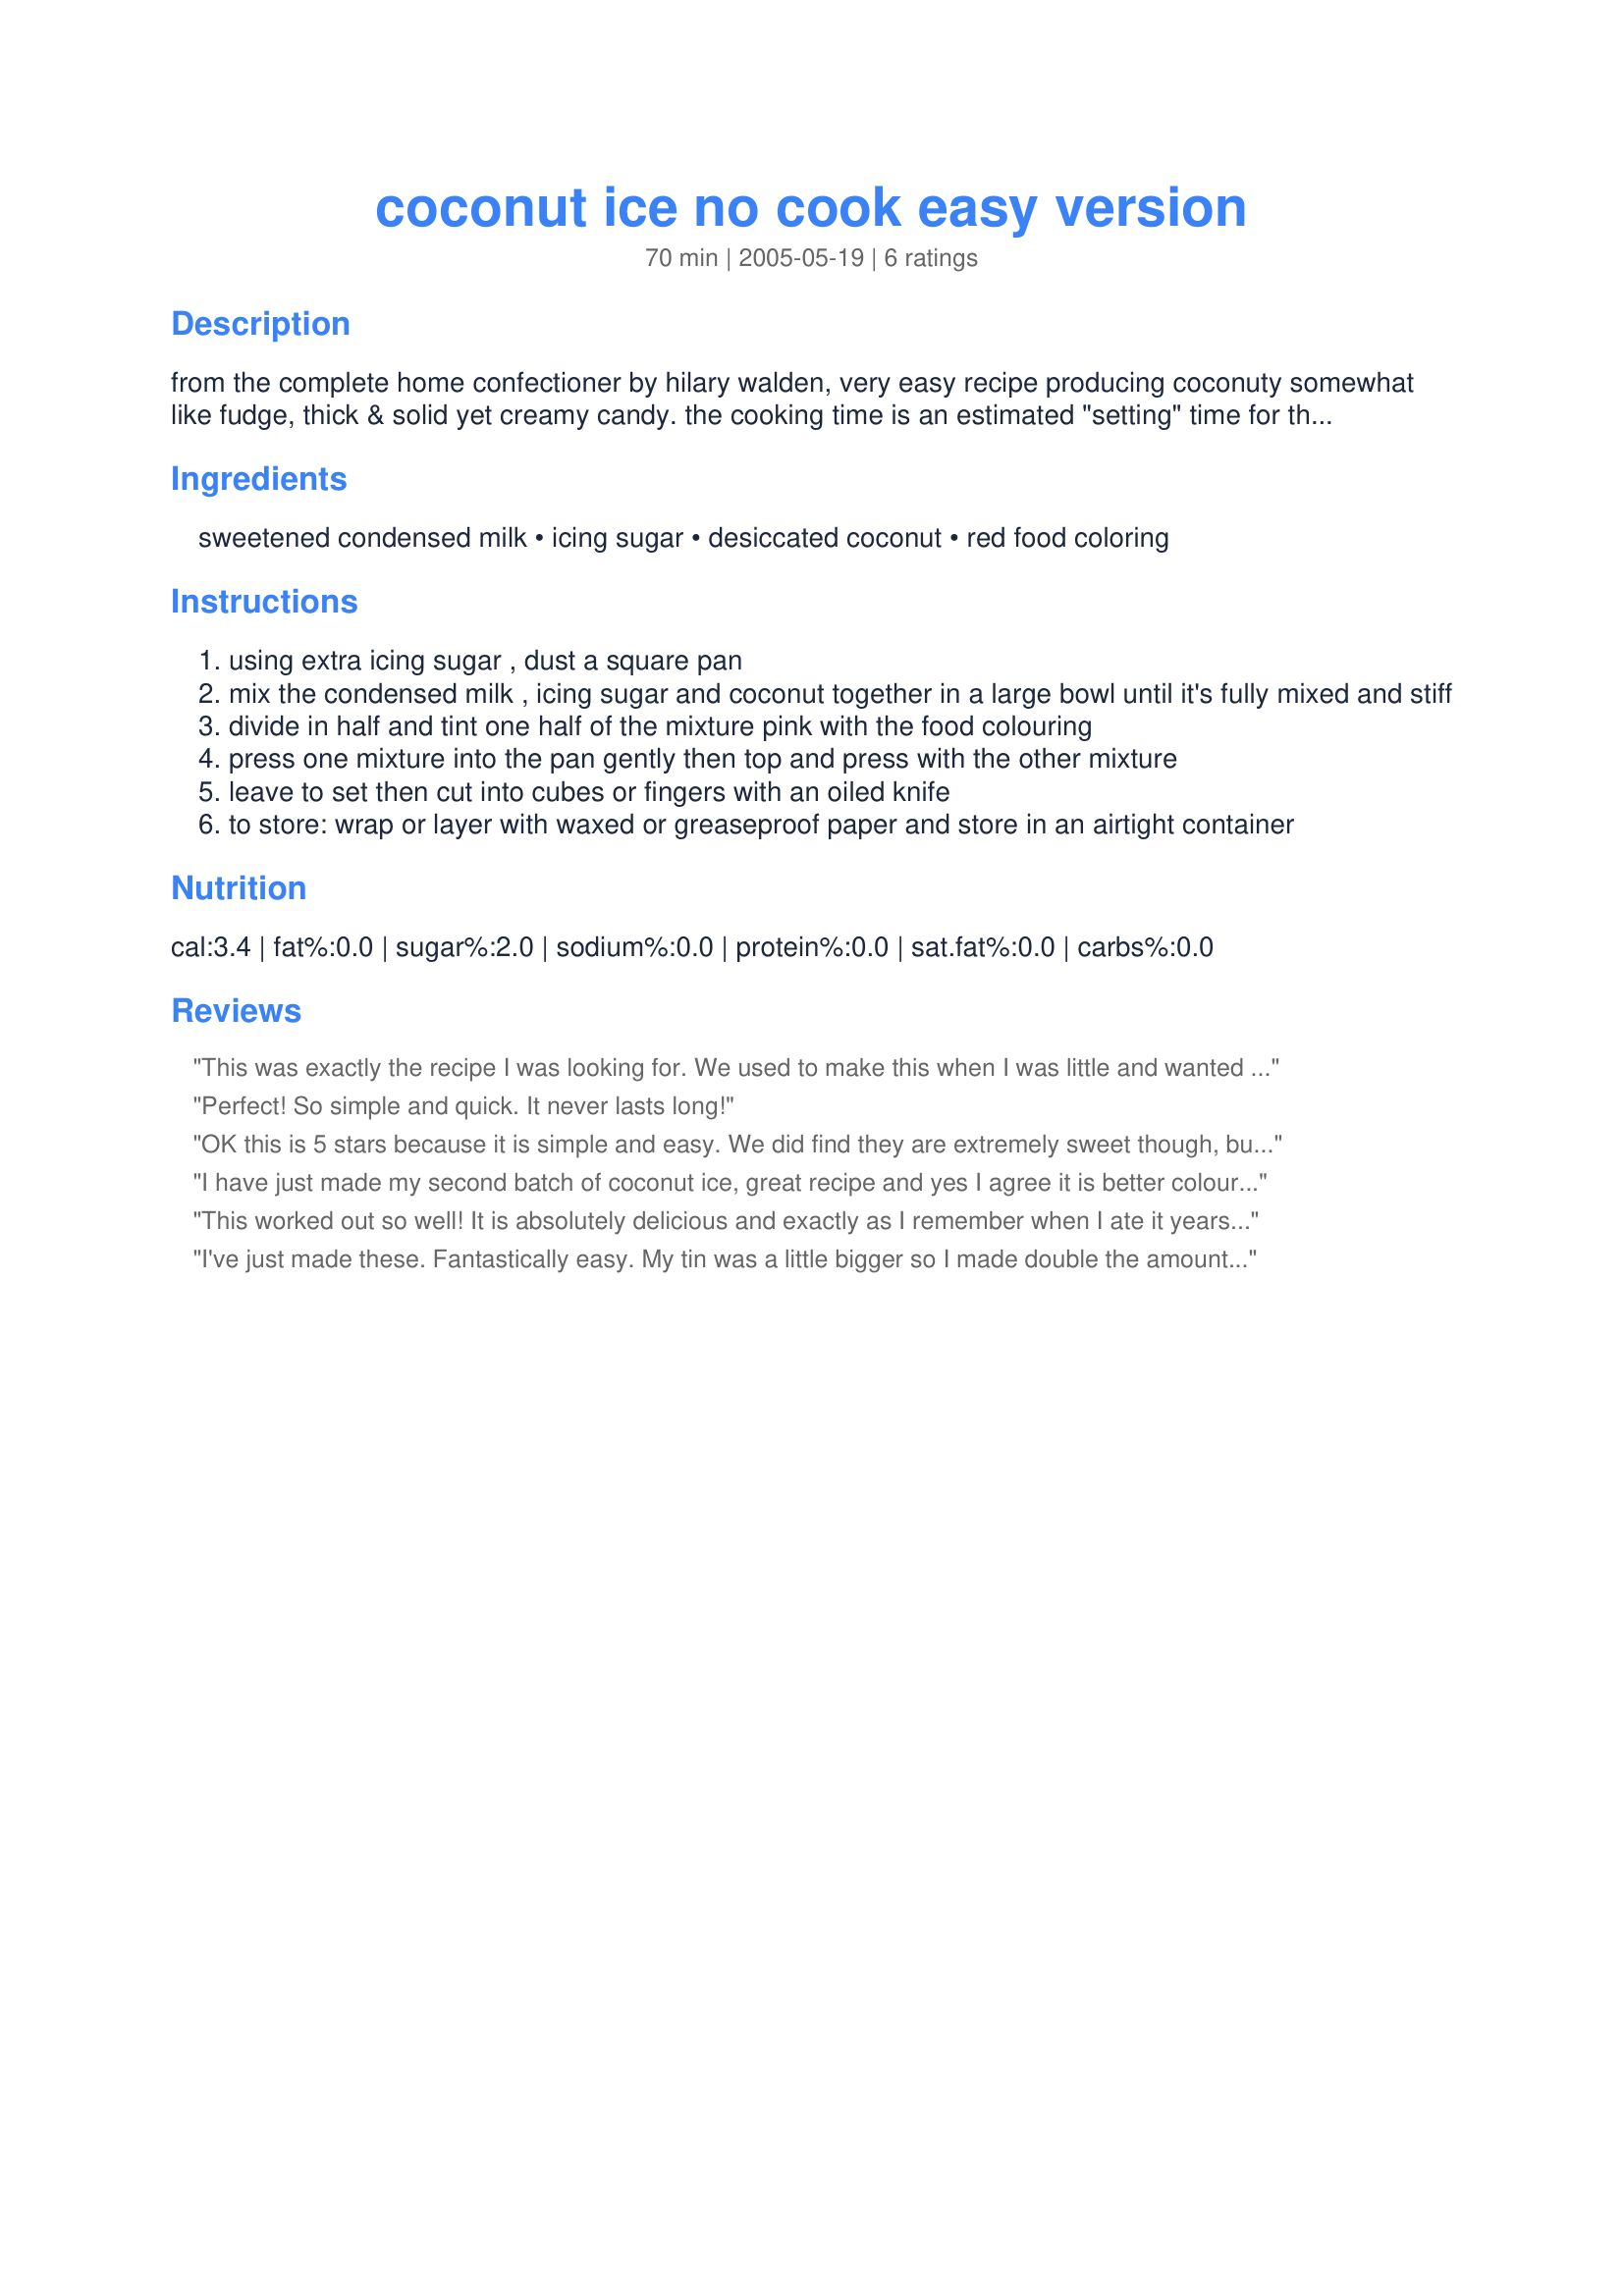
coconut ice no cook easy version
Preparation time: 70 minutes

from the complete home confectioner by hilary walden, very easy recipe producing coconuty somewhat like fudge, thick & solid yet creamy candy. the cooking time is an estimated "setting" time for the mixture once it's in the pan.

Ingredients:
sweetened condensed milk, icing sugar, desiccated coconut, red food coloring

Steps:
using extra icing sugar , dust a square pan
mix the condensed milk , icing sugar and coconut together in a large bowl until it's fully mixed and stiff
divide in half and tint one half of the mixture pink with the food colouring
press one mixture into the pan gently then top and press with the other mixture
leave to set then cut into cubes or fingers with an oiled knife
to store: wrap or layer with waxed or greaseproof paper and store in an airtight container

Reviews:
This was exactly the recipe I was looking for. We used to make this when I was little and wanted to make it with my son. Turns out great. Thanks Heather.
Perfect! So simple and quick. It never lasts long!
OK this is 5 stars because it is simple and easy. We did find they are extremely sweet though, but then they are candy which I didn't cut in too large squares. I made my own powdered sugar to be corn free by grinding regular white sugar in a coffee grinder. I ground my unsweetened coconut flakes as well to be finer. Not sure I would make them again because of the sweetness but they did turn out well.
I have just made my second batch of coconut ice, great recipe and yes I agree it is better colour the condensed milk first. My friends husband tasted it and loved it so much he went home with half of what I made.
This worked out so well! It is absolutely delicious and exactly as I remember when I ate it years ago.. and so EASY!.

thanks so much for a top recipe.
I've just made these. Fantastically easy.

My tin was a little bigger so I made double the amount but made it in 2 batches. The pink layer is easiest to colour if you colour the condensed milk before adding it to the dry mixture - you get a more even colour.
